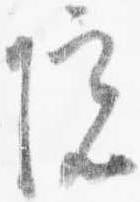
院